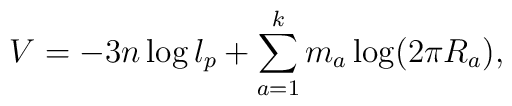
V = -3n \log l_p + \sum_{a=1}^{k} m_a \log (2\pi R_a),